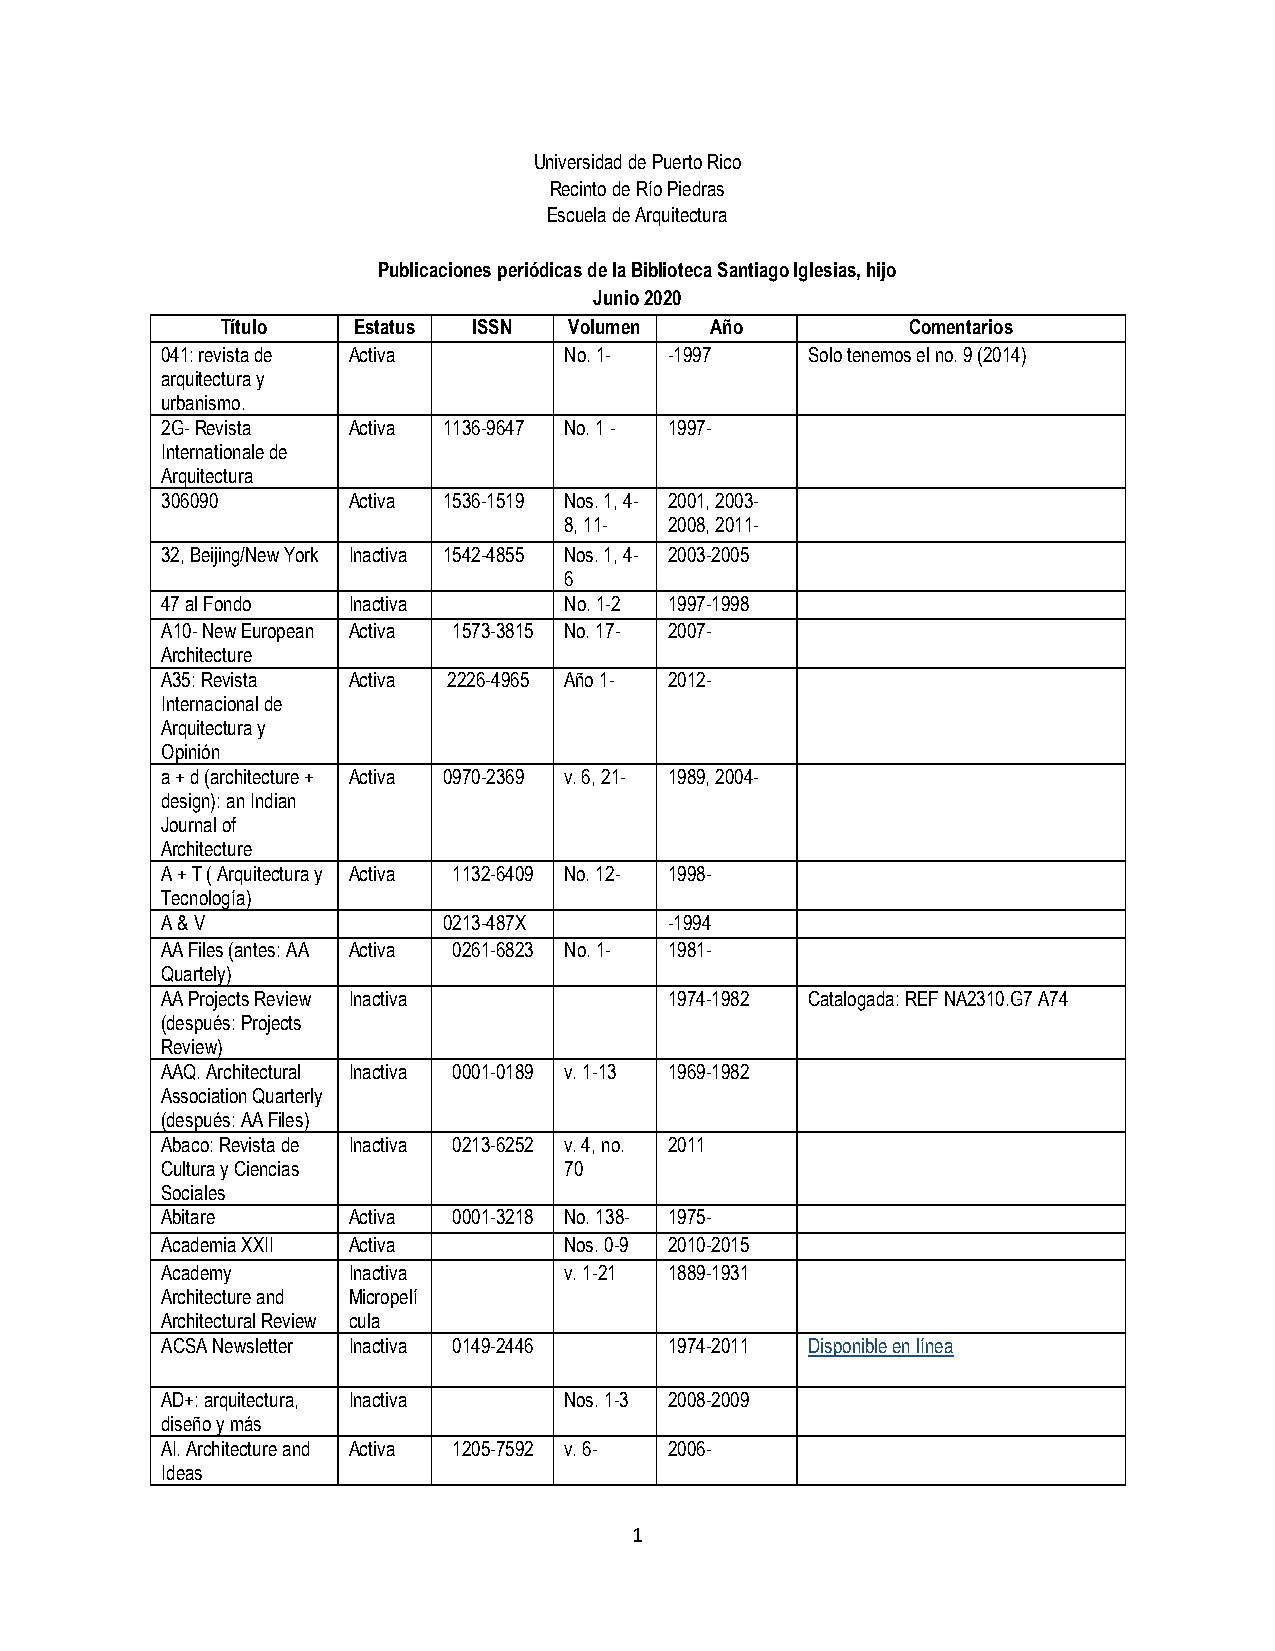
Universidad de Puerto Rico
 Recinto de Río Piedras
 Escuela de Arquitectura
 Publicaciones periódicas de la Biblioteca Santiago Iglesias, hijo
 Junio 2020
 Título  Estatus ISSN   Volumen  Año          Comentarios
 041: revista de Activa    No. 1- -1997     Solo tenemos el no. 9 (2014)
 arquitectura y
 urbanismo.
 2G- Revista Activa 1136-9647 No. 1 - 1997-
 Internationale de
 Arquitectura
 306090      Activa 1536-1519 Nos. 1, 4- 2001, 2003-
 8, 11- 2008, 2011-
 32, Beijing/New York Inactiva 1542-4855 Nos. 1, 4- 2003-2005
 6
 47 al Fondo Inactiva      No. 1-2 1997-1998
 A10- New European Activa 1573-3815 No. 17- 2007-
 Architecture
 A35: Revista Activa 2226-4965 Año 1- 2012-
 Internacional de
 Arquitectura y
 Opinión
 a + d (architecture + Activa 0970-2369 v. 6, 21- 1989, 2004-
 design): an Indian
 Journal of
 Architecture
 A + T ( Arquitectura y Activa 1132-6409 No. 12- 1998-
 Tecnología)
 A & V             0213-487X      -1994
 AA Files (antes: AA Activa 0261-6823 No. 1- 1981-
 Quartely)
 AA Projects Review Inactiva      1974-1982 Catalogada: REF NA2310.G7 A74
 (después: Projects
 Review)
 AAQ. Architectural Inactiva 0001-0189 v. 1-13 1969-1982
 Association Quarterly
 (después: AA Files)
 Abaco: Revista de Inactiva 0213-6252 v. 4, no. 2011
 Cultura y Ciencias        70
 Sociales
 Abitare     Activa 0001-3218 No. 138- 1975-
 Academia XXII Activa      Nos. 0-9 2010-2015
 Academy     Inactiva      v. 1-21 1889-1931
 Architecture and Micropelí
 Architectural Review cula
 ACSA Newsletter Inactiva 0149-2446 1974-2011 Disponible en línea
 AD+: arquitectura, Inactiva Nos. 1-3 2008-2009
 diseño y más
 AI. Architecture and Activa 1205-7592 v. 6- 2006-
 Ideas
 1